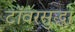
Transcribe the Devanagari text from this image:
टॉवरसुद्धा